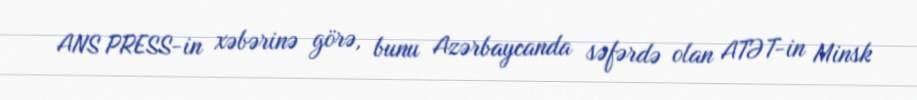
ANS PRESS-in xəbərinə görə, bunu Azərbaycanda səfərdə olan ATƏT-in Minsk